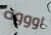
اوووه